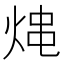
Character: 𤉈